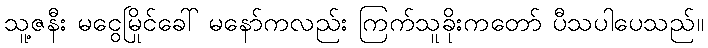
သူ့ဇနီး မငွေမြိုင်ခေါ် မနော်ကလည်း ကြက်သူခိုးကတော် ပီသပါပေသည်။